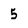
Character: 5